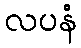
လပနံ